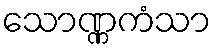
သောဏ္ဏကံသာ